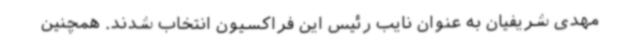
مهدی شریفیان به عنوان نایب رئیس این فراکسیون انتخاب شدند. همچنین